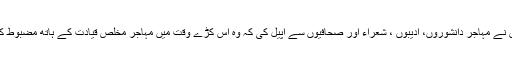
انہوں نے مہاجر دانشوروں، ادیبوں ، شعراء اور صحافیوں سے اپیل کی کہ وہ اس کڑے وقت میں مہاجر مخلص قیادت کے ہاتھ مضبوط کریں۔